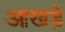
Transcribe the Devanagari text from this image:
आखड़े